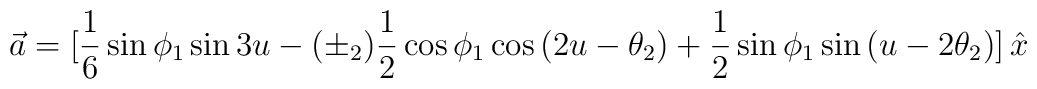
\vec a= [{1\over 6}\sin{\phi_1}\sin{3u}         -(\pm_2){1\over 2}\cos{\phi_1}\cos{(2u-\theta_2)}         +{1\over 2}\sin{\phi_1}\sin{(u-2\theta_2)}]\,\hat x